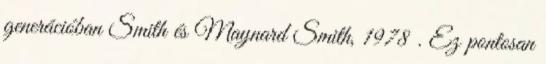
generációban Smith és Maynard Smith, 1978 . Ez pontosan